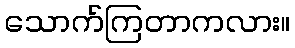
သောက်ကြတာကလား။